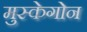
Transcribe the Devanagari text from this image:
मुस्केगोन